Document type: Recognition
Year: 1437
Scribe: Pere Ponçgem
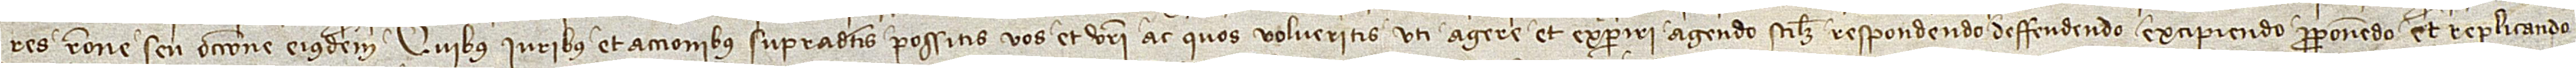
res ratione seu occasione eiusdem. Quibus iuribus et accionibus supradictis possitis vos et vestri ac quos volueritis uti, agere et experiri, agendo, scilicet, respondendo, deffendendo, excipiendo, proponendo et replicando